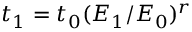
t _ { 1 } = t _ { 0 } ( E _ { 1 } / E _ { 0 } ) ^ { r }